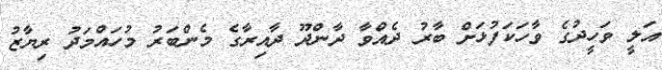
އަލީ ވަހީދުގެ ވާހަކަފުޅަށް ބާރު ދެއްވާ ދާންދޫ ދާއިރާގެ މެންބަރު މުހައްމަދު ރިޔާޒު